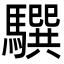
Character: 𩦖